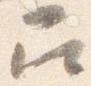
召